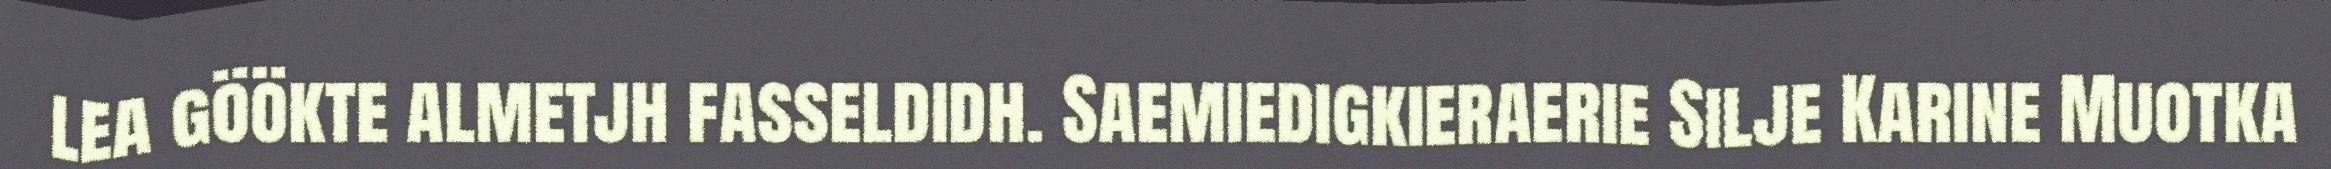
lea göökte almetjh fasseldidh. Saemiedigkieraerie Silje Karine Muotka